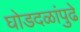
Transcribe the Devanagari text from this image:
घोडदळांपुढे